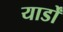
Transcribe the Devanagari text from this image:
यार्डों